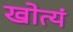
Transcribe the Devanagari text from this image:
खोत्यं